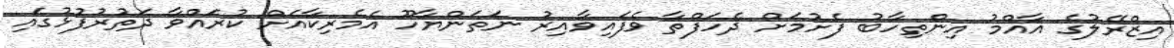
އިޒްރޭލުގެ އާއްމު އިންތިހާބު ފެށުމަށް ދެހަފްތާ ވެފައިވާއިރު ނަތަންޔާހޫ އެމެރިކާއަށް ކުރައްވާ ދަތުރުފުޅުގައި